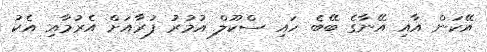
އޭކަން އާއި އޭނާގެ ބޭބެ ހައި ސްކޫލް އުމުރު ފުރާއަށް އެރުމާއި އެކު